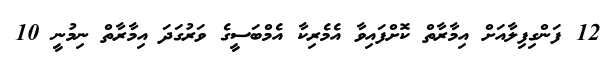
12 ފަންގިފިލާއަށް އިމާރާތް ކޮށްފައިވާ އެމެރިކާ އެމްބަސީގެ ވަރުގަދަ އިމާރާތް ނިމުނީ 10